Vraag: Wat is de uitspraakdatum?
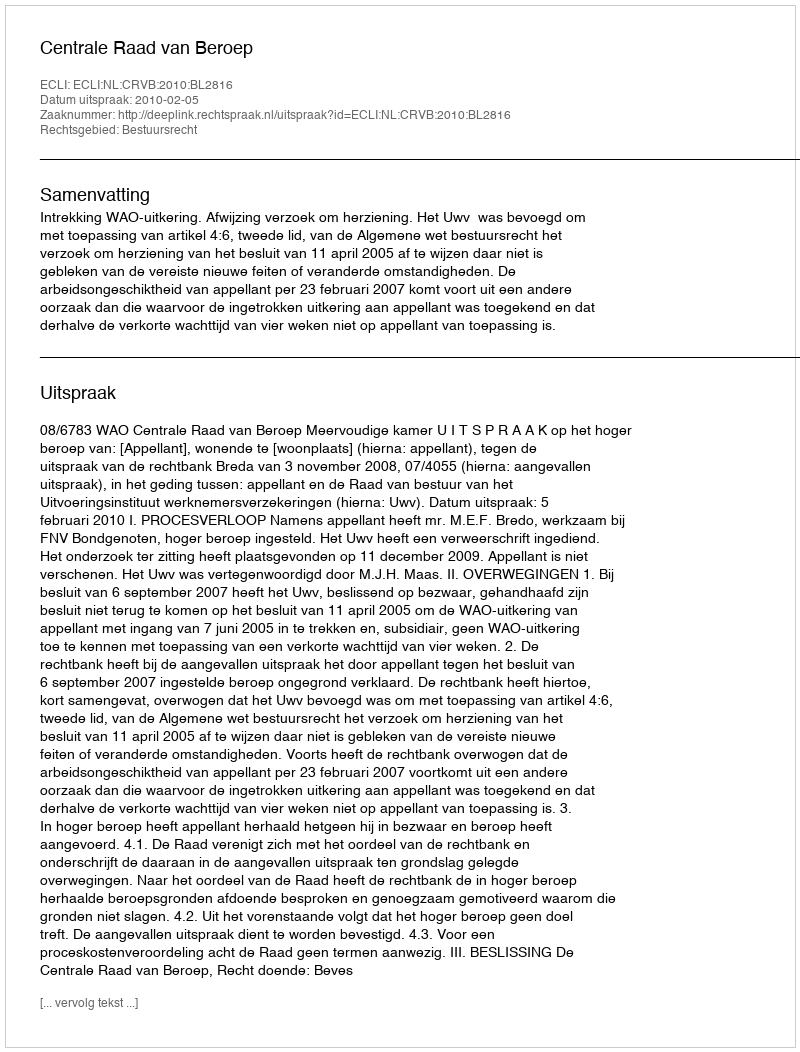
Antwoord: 2010-02-05